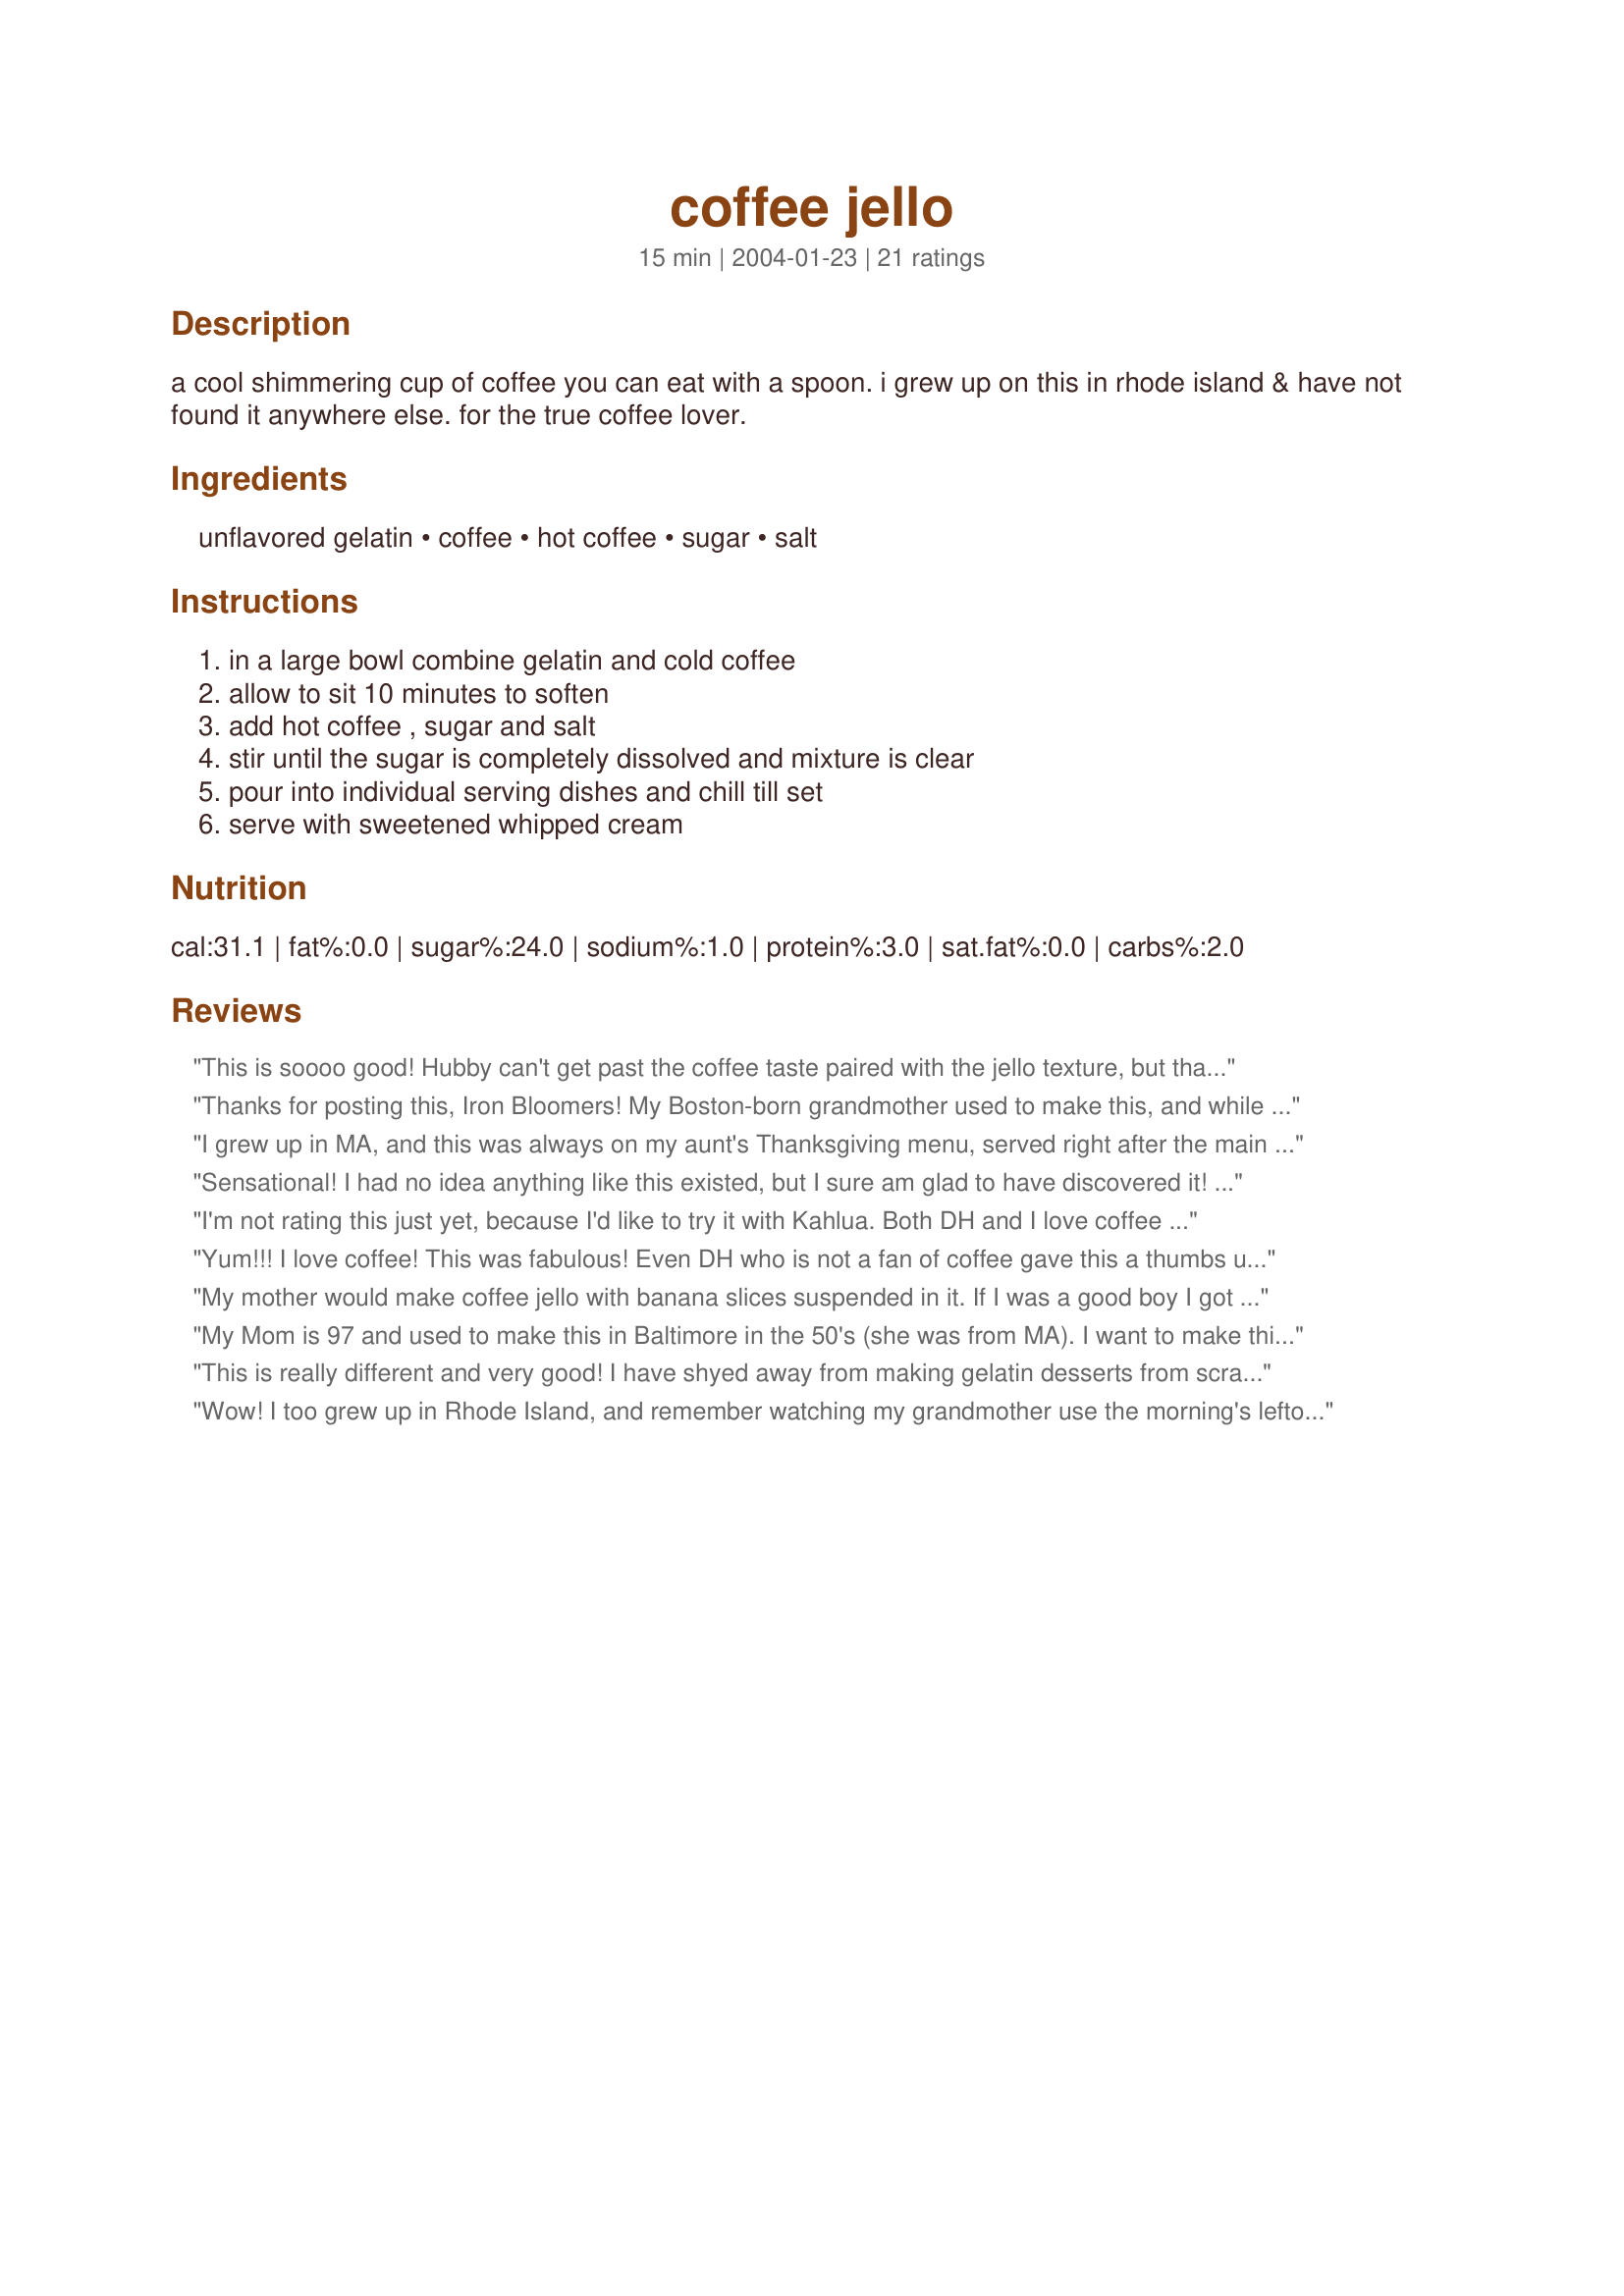
coffee jello
Preparation time: 15 minutes

a cool shimmering cup of coffee you can eat with a spoon. i grew up on this in rhode island & have not found it anywhere else. for the true coffee lover.

Ingredients:
unflavored gelatin, coffee, hot coffee, sugar, salt

Steps:
in a large bowl combine gelatin and cold coffee, allow to sit 10 minutes to soften, add hot coffee , sugar and salt, stir until the sugar is completely dissolved and mixture is clear, pour into individual serving dishes and chill till set, serve with sweetened whipped cream

Reviews:
This is soooo good! Hubby can't get past the coffee taste paired with the jello texture, but that just means more for me! I never drink my whole pot of coffee, so this is a great way to use what's left and I'm never disappointed with the results. This becomes quite decadent when topped with real whipped cream and a drizzle of caramel &/or chocolate sauce!
Thanks for posting this, Iron Bloomers! My Boston-born grandmother used to make this, and while I didn't care for it as a kid, I craved it when I read the recipe. I tried it today and have this advice: use real brewed quality coffee, don't forget the salt, and use real whipped cream. I didn't do these things and I think the recipe suffered. I can't WAIT to make it again with the best ingredients. It'll be even better.
I grew up in MA, and this was always on my aunt's Thanksgiving menu, served right after the main meal, and before dessert. Only the men seemed to have it, but now as a grownup I love it too. Guess it's a New England thing ;-)
Sensational! I had no idea anything like this existed, but I sure am glad to have discovered it! I used Kahlua and the full 3/4 cup of sugar and it is fabulous. Thanks for posting, Iron Bloomers!
I'm not rating this just yet, because I'd like to try it with Kahlua. Both DH and I love coffee and Jello, but this didn't do it for us. After a bit, DH suggested that next time I make it with some sort of liqueur, and I think (for us) that would have made the difference in this result. I'm saving it for a 2nd attempt!
Yum!!! I love coffee! This was fabulous! Even DH who is not a fan of coffee gave this a thumbs up! I am going to put a drizzle of choc on the top next time! Forget about Starbucks! This is a keeper!
 My mother would make coffee jello with banana slices suspended in it. If I was a good boy I got it with whipped cream!
My Mom is 97 and used to make this in Baltimore in the 50's (she was from MA). I want to make this for her, and this recipe looks like what she did, more or less. One question, though - I don't want to make the coffee and then reheat it. I'd like to make it, then use it directly hot (I use a Melita manual filter pot). Would it make sense to hold out 1/2 cup of water when making the coffee, but use the full amount of ground coffee, then use the cold water with the gelatine in the starting step?
This is really different and very good! I have shyed away from making gelatin desserts from scratch for quite some time because I had some horrible failures early on in my cooking repertoir but I have had much experience since then so I decided to give it a go. It is really very simple :) I am a coffee lover so this is right up my alley. I used room temperature coffee from our afternoon brew for the cold coffee and then fresh brew for the hot. I also decided to cut the recipe in half but found that it only filled two ramekins. Next time I won't fill them quite so full because it really was very filling. Thanks for the grown up treat!
Wow! I too grew up in Rhode Island, and remember watching my grandmother use the morning's leftover coffee for my grandfather's favorite coffee jello lunchtime dessert! He would eat a big bowl with a splash of cream. Delicious!!
Ooooh- adding Kahlua!! I had coffee jello durning long sticky summers in Japan. Sounded so odd, but tastes so good. Can't wait to give this a try!
Yup, nothing better than coffee jello with real whipped cream. Rhode Islanders have great but unusual tastes. Coffee milk, quahogs, corn fritters. Bring it on.
I am not a big fan of jello but I love coffee so decided to try this one! I made one batch with very strong regular coffee and the second batch with homemade Kahlua. Both were incredible! I loved the Kahlua one quite a bit better though. (I wonder why!) With some sweetened whipped cream and a drizzle of caramel I was grinning over this fun dessert! Next time I will be trying a bit of chocolate sauce over it.
Ok I am pleasantly surprised. Was looking for a cool, low fat, low cal coffee based dessert when I came stumbled on to this. I tagged it and then drug my heals when it came to making this. Oh yes fear had me by the taste buds in a strangle hold and oh what had I been thinking when I tagged something called Coffee Jello? But obligation in hand I brewed up the coffee and broke out the Splenda (used 1 cup) and set about making this. After hours of chilling and with the thermostat inching towards 100 F. DH and I sat down to a bowl (with a dollop of fat free Cool Wip). Well wonder of wonders my fears had been for not. This was perfect in so many way low fat, low cal, will not over fill after a heavy meal, along with being cool and refreshing. Thanks so much for the post will be making aging.
Thank you so much for posting this. My roots are also in R.I. and I grew up on this.
I think you have to like iced coffee to appreciate this recipe--and I do and I loved it! DH said it was weird chewing his coffee. I used Splenda instead of sugar and topped with low fat Redi-Whip and sugar-free chocolate sauce. I took it to a brunch and those who were brave enough to try it, liked it.
Thank you for posting this recipe. My 79 year old dad was remembering when my Mom used to make this for him back when they were first married (in the late 1940's I believe). I made it for him as a surprise for our Christmas gathering and he was very please. It was the exactly as he remembered, served with whipped cream. I really enjoyed and will definitely be making this again in warmer weather. (December in Maine was VERY cold this year)
I'm just thrilled to find this recipe. When I was a kid, my parents would take us to Durgin Park, a restaurant in Boston which served at long tables and was famous for how many dishes members of the wait staff could carry at one time. We always had coffee jello for dessert, which was cut into tiny cubes and piled into dessert dishes. At one time I had a recipe for coffee Jello, but lost it, and am thrilled to get this very good one back in my recipe collection. Have never tried it with Kahlua, but look forward to trying that variation at some point.
Makes a great April Fool's day surprise when I put it in a coffee cup topped with a dallop of whipped cream! Thanks!
Absolutely perfect! I used to enjoy coffee jello (and tea jello) when I lived in Japan, and this is just how I remember it. Best to start with a good brew of your favorite coffee beans because coffee really is the main flavor, and mediocre coffee will have the same results. This is perfection for dessert! I served it in small coffee cups so that it looked like the real thing, and it only made 8 servings that way, but it looked awesome. Thanks for sharing this easy, yummy and classy recipe.
OMG, this recipe should come with a warning that it's addictive. Worthy of 10 stars and incredibly simple to prepare. I really wasn't sure if I'd like it or not, but I LOVE IT!!! Simply amazing. I used decaf coffee since I was serving it in the evening, and also used half sugar and half stevia. I think it would be good using all stevia or some other sugar substitute. I can't imagine making this without the Kahlua, that was the perfect ingredient. I served the jello in martini glasses, and topped it with Cheeky Panda's Kahlua Whipped Cream (Recipe #427453) and sprinkled a few mini chocolate chips on top. An elegant looking dessert that wowed everyone. Simple Divine!
